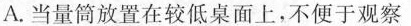
A.当量筒放置在较低桌面上，不便于观察